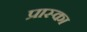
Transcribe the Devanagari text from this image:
प्रास्का